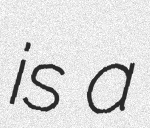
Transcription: is a